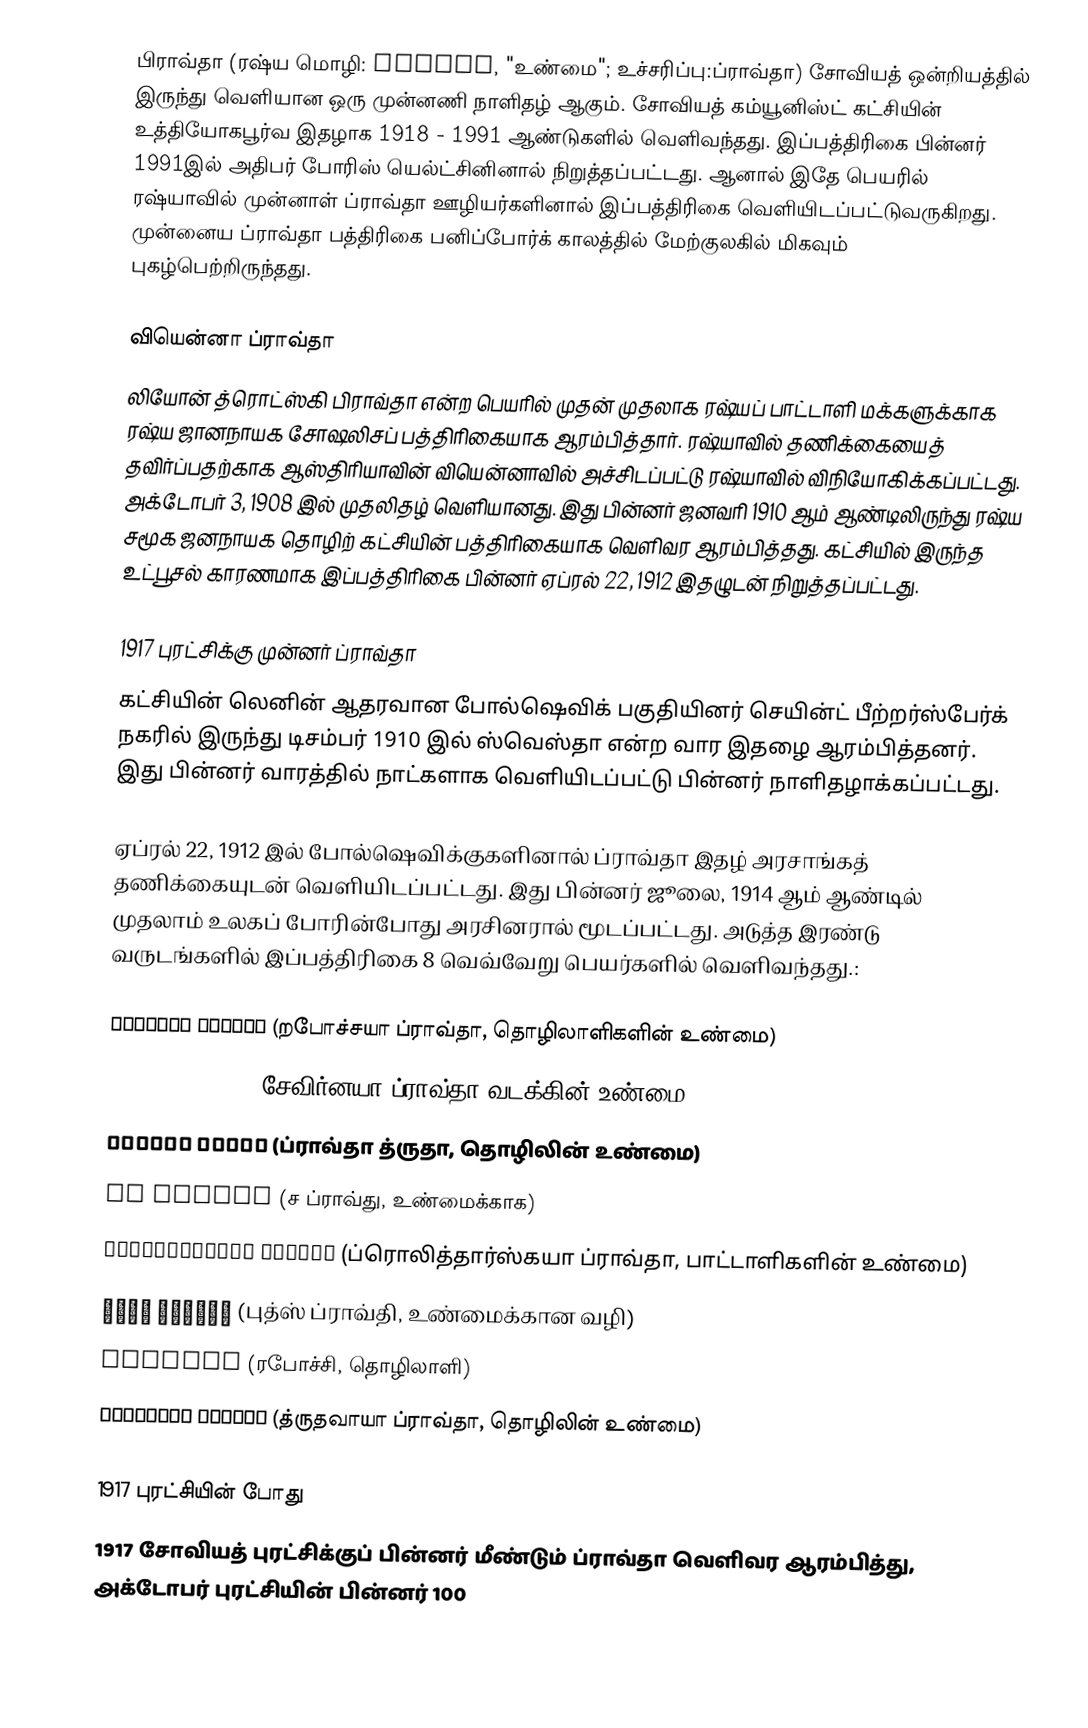
பிராவ்தா (ரஷ்ய மொழி: Правда, "உண்மை"; உச்சரிப்பு:ப்ராவ்தா) சோவியத் ஒன்றியத்தில் இருந்து வெளியான ஒரு முன்னணி நாளிதழ் ஆகும். சோவியத் கம்யூனிஸ்ட் கட்சியின் உத்தியோகபூர்வ இதழாக 1918 - 1991 ஆண்டுகளில் வெளிவந்தது. இப்பத்திரிகை பின்னர் 1991இல் அதிபர் போரிஸ் யெல்ட்சினினால் நிறுத்தப்பட்டது. ஆனால் இதே பெயரில் ரஷ்யாவில் முன்னாள் ப்ராவ்தா ஊழியர்களினால் இப்பத்திரிகை வெளியிடப்பட்டுவருகிறது. முன்னைய ப்ராவ்தா பத்திரிகை பனிப்போர்க் காலத்தில் மேற்குலகில் மிகவும் புகழ்பெற்றிருந்தது.

வியென்னா ப்ராவ்தா
லியோன் த்ரொட்ஸ்கி பிராவ்தா என்ற பெயரில் முதன் முதலாக ரஷ்யப் பாட்டாளி மக்களுக்காக ரஷ்ய ஜானநாயக சோஷலிசப் பத்திரிகையாக ஆரம்பித்தார். ரஷ்யாவில் தணிக்கையைத் தவிர்ப்பதற்காக ஆஸ்திரியாவின் வியென்னாவில் அச்சிடப்பட்டு ரஷ்யாவில் விநியோகிக்கப்பட்டது. அக்டோபர் 3, 1908 இல் முதலிதழ் வெளியானது. இது பின்னர் ஜனவரி 1910 ஆம் ஆண்டிலிருந்து ரஷ்ய சமூக ஜனநாயக தொழிற் கட்சியின் பத்திரிகையாக வெளிவர ஆரம்பித்தது. கட்சியில் இருந்த உட்பூசல் காரணமாக இப்பத்திரிகை பின்னர் ஏப்ரல் 22, 1912 இதழுடன் நிறுத்தப்பட்டது.

1917 புரட்சிக்கு முன்னர் ப்ராவ்தா
கட்சியின் லெனின் ஆதரவான போல்ஷெவிக் பகுதியினர் செயின்ட் பீற்றர்ஸ்பேர்க் நகரில் இருந்து டிசம்பர் 1910 இல் ஸ்வெஸ்தா என்ற வார இதழை ஆரம்பித்தனர். இது பின்னர் வாரத்தில் நாட்களாக வெளியிடப்பட்டு பின்னர் நாளிதழாக்கப்பட்டது.

ஏப்ரல் 22, 1912 இல் போல்ஷெவிக்குகளினால் ப்ராவ்தா இதழ் அரசாங்கத் தணிக்கையுடன் வெளியிடப்பட்டது. இது பின்னர் ஜூலை, 1914 ஆம் ஆண்டில் முதலாம் உலகப் போரின்போது அரசினரால் மூடப்பட்டது. அடுத்த இரண்டு வருடங்களில் இப்பத்திரிகை 8 வெவ்வேறு பெயர்களில் வெளிவந்தது.:

 Рабочая правда (றபோச்சயா ப்ராவ்தா, தொழிலாளிகளின் உண்மை)
 Северная правда (சேவிர்னயா ப்ராவ்தா வடக்கின் உண்மை)
 Правда Труда (ப்ராவ்தா த்ருதா, தொழிலின் உண்மை)
 За правду (ச ப்ராவ்து, உண்மைக்காக)
 Пролетарская правда (ப்ரொலித்தார்ஸ்கயா ப்ராவ்தா, பாட்டாளிகளின் உண்மை)
 Путь правды (புத்ஸ் ப்ராவ்தி, உண்மைக்கான வழி)
 Рабочий (ரபோச்சி, தொழிலாளி)
 Трудовая правда (த்ருதவாயா ப்ராவ்தா, தொழிலின் உண்மை)

1917 புரட்சியின் போது
1917 சோவியத் புரட்சிக்குப் பின்னர் மீண்டும் ப்ராவ்தா வெளிவர ஆரம்பித்து, அக்டோபர் புரட்சியின் பின்னர் 100